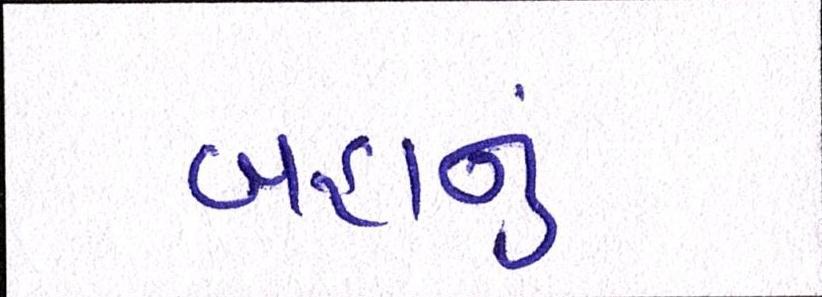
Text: બહાનું